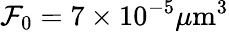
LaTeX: \mathcal{F}_{0}=7\times10^{-5}\mu\mathrm{{m}}^{3}